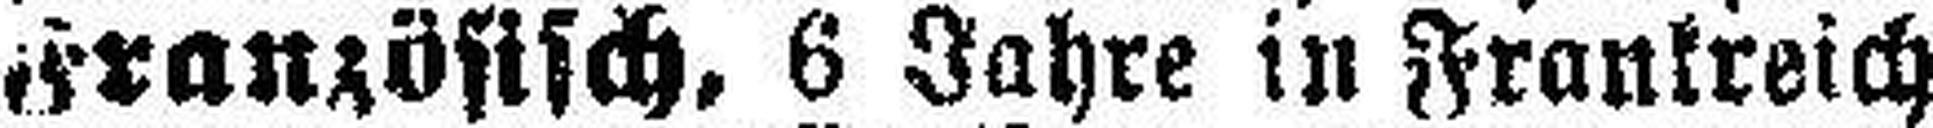
Französisch, 6 Jahre in Frankreich